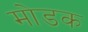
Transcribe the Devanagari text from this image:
माेडक